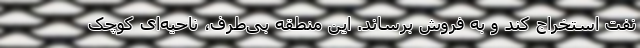
نفت استخراج کند و به فروش برساند. این منطقه بی‌طرف، ناحیه‌ای کوچک